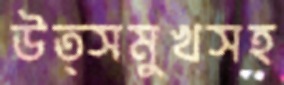
উত্সমুখসহ